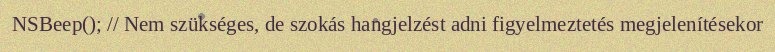
NSBeep(); // Nem szükséges, de szokás hangjelzést adni figyelmeztetés megjelenítésekor